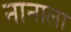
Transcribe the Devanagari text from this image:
नानाला